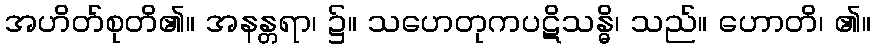
အဟိတ်စုတိ၏။ အနန္တရာ၊ ၌။ သဟေတုကပဋိသန္ဓိ၊ သည်။ ဟောတိ၊ ၏။